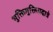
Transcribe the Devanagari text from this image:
भुक्तिमुक्तिप्रदात्रे